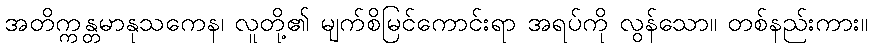
အတိက္ကန္တမာနုသကေန၊ လူတို့၏ မျက်စိမြင်ကောင်းရာ အရပ်ကို လွန်သော။ တစ်နည်းကား။